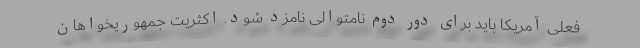
فعلی آمریکا باید برای دور دوم نامتوالی نامزد شود. اکثریت جمهوریخواهان